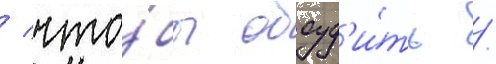
/ что́бы обсуд'и́ть /